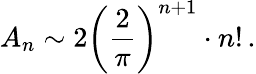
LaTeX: A_{n}\sim 2\left({\frac{2}{\pi}}\right)^{n+1}\cdot n!\, .